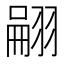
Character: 翤